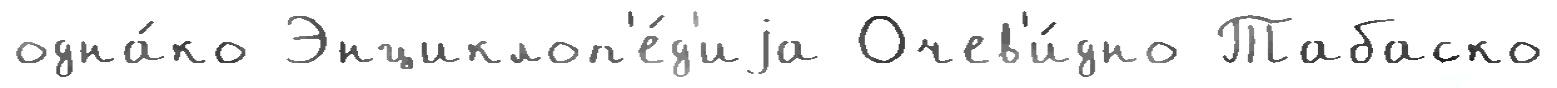
одна́ко Энциклоп'е́д'иjа Очев'и́дно Табаско